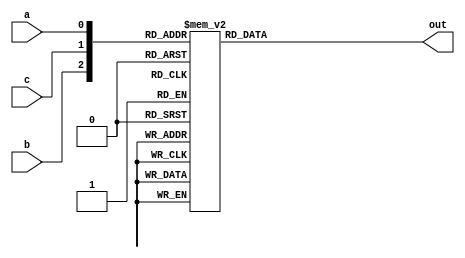
module top_module(
    input a,
    input b,
    input c,
    output reg out  );

    always @(*) begin
        case ({b,c,a})
            3'b000: out = 1'b0;
            3'b001: out = 1'b1;
            3'b010: out = 1'b1;
            3'b011: out = 1'b1;
            3'b110: out = 1'b1;
            3'b111: out = 1'b1;
            3'b100: out = 1'b1;
            3'b101: out = 1'b1;
            default: out = 1'b0;
        endcase
    end 
    
   

endmodule